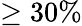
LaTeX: \ge 30\%